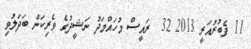
11 ފެބުރުއަރީ 2013 32  ރައީސް މުހައްމަދު ނަޝީދުގެ ވެރިކަން ބަދަލުވި